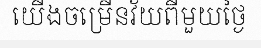
យើងចម្រើនវ័យពីមួយថ្ងៃ